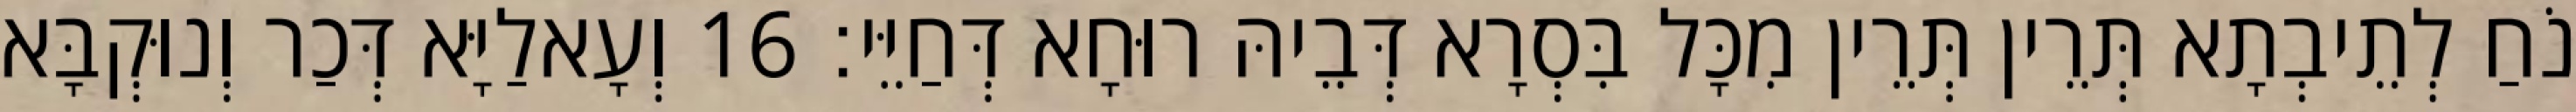
נֹחַ לְתֵיבְתָא תְּרֵין תְּרֵין מִכָּל בִּסְרָא דְּבֵיהּ רוּחָא דְּחַיֵּי׃ 16 וְעָאלַיָּא דְּכַר וְנוּקְבָּא